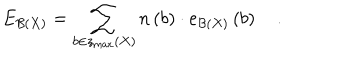
LaTeX: E _ { { \cal B } \left( X \right) } = \sum _ { b \in z _ { \max } \left( X \right) } n \left( b \right) \cdot e _ { { \cal B } \left( X \right) } \left( b \right) \quad .